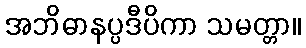
အဘိဓာနပ္ပဒီပိကာ သမတ္တာ။